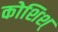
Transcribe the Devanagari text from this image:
कोशिश्